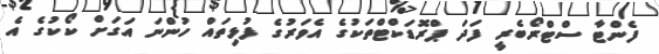
ފެންޓާ ސްޓްރޯބެރީ ފަދަ ޕްރޮޑަކްޓްތަކުގެ އެވަރުގެ ފުޅިތައް ހުންނަ އަގަށް ކޯކުގެ އެ